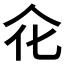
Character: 𠇃